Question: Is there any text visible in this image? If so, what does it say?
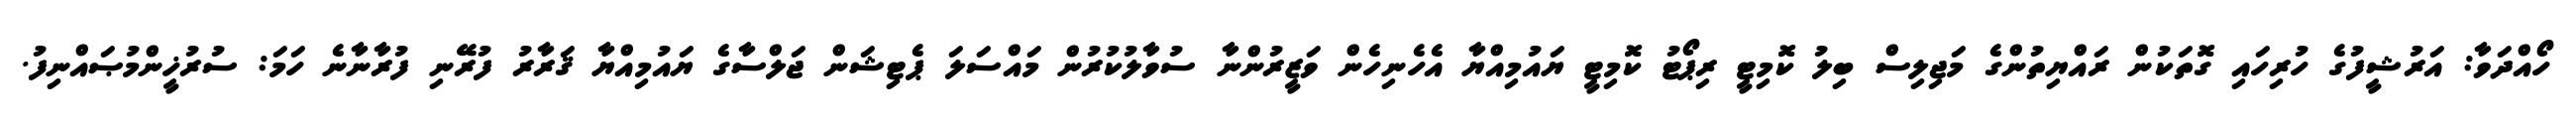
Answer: ހޯއްދަވާ: އަރުޝީފުގެ ހުރިހައި ގޮތަކުން ރައްޔިތުންގެ މަޖިލިސް ބިލު ކޮމިޓީ ރިޕޯޓު ކޮމިޓީ ޔައުމިއްޔާ އެހެނިހެން ވަޒީރުންނާ ސުވާލުކުރުން މައްސަލަ ޕެޓިޝަން ޖަލްސާގެ ޔައުމިއްޔާ ޤަރާރު ފުރޭނި ފުރާނާނެ ހަމަ: ސުރުޚީންމުޞައްނިފު.